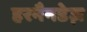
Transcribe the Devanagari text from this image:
हरनैनडेज़